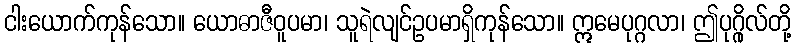
ငါးယောက်ကုန်သော။ ယောဓာဇီဝူပမာ၊ သူရဲလျင်ဥပမာရှိကုန်သော။ ဣမေပုဂ္ဂလာ၊ ဤပုဂ္ဂိုလ်တို့